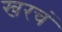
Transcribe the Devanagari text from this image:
खरचं